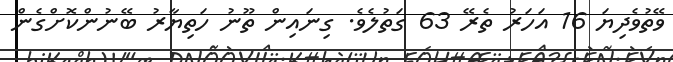
ވޭތުވެދިޔަ 16 އަހަރު ތެރޭ 63 ގަތުލެވެ. ގިނައިން ތޫނު ހަތިޔާރު ބޭނުންކޮށްގެން